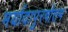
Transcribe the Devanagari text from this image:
मर्यादापुरषोत्तम